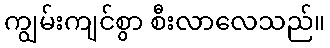
ကျွမ်းကျင်စွာ စီးလာလေသည်။